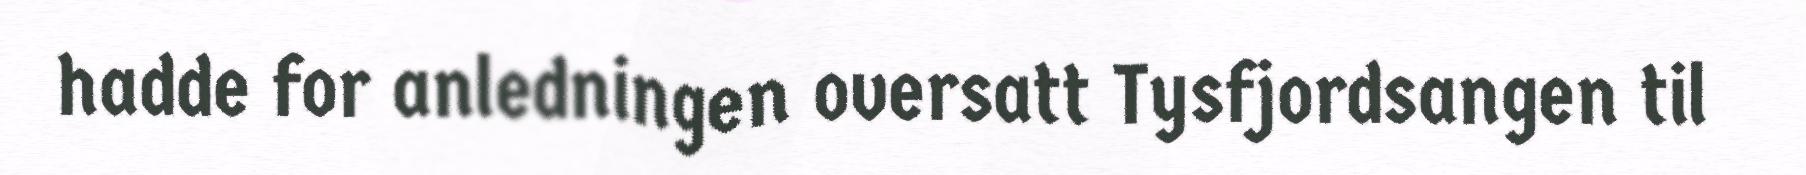
hadde for anledningen oversatt Tysfjordsangen til